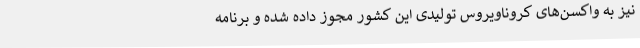
نیز به واکسن‌های کروناویروس تولیدی این کشور مجوز داده شده و برنامه